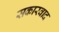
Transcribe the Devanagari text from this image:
सकारवाद